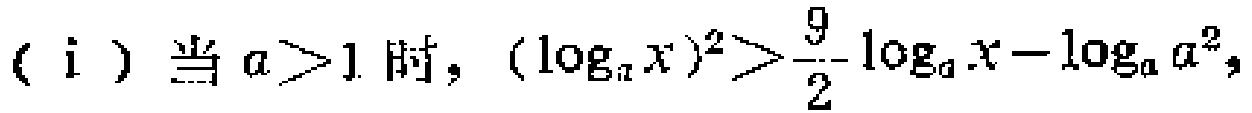
(i) 当 \(a > 1\) 时，\((\log_{a}x)^{2}>\frac{9}{2}\log_{a}x - \log_{a}a^{2}\)